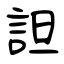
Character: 詚